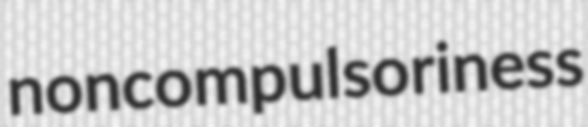
noncompulsoriness